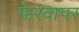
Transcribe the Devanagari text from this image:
फेरवापर